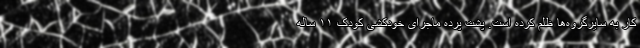
کار به سایرگروه‌ها ظلم کرده است. پشت پرده ماجرای خودکشی کودک ۱۱ ساله